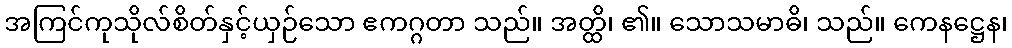
အကြင်ကုသိုလ်စိတ်နှင့်ယှဉ်သော ဧကဂ္ဂတာ သည်။ အတ္ထိ၊ ၏။ သောသမာဓိ၊ သည်။ ကေနဋ္ဌေန၊